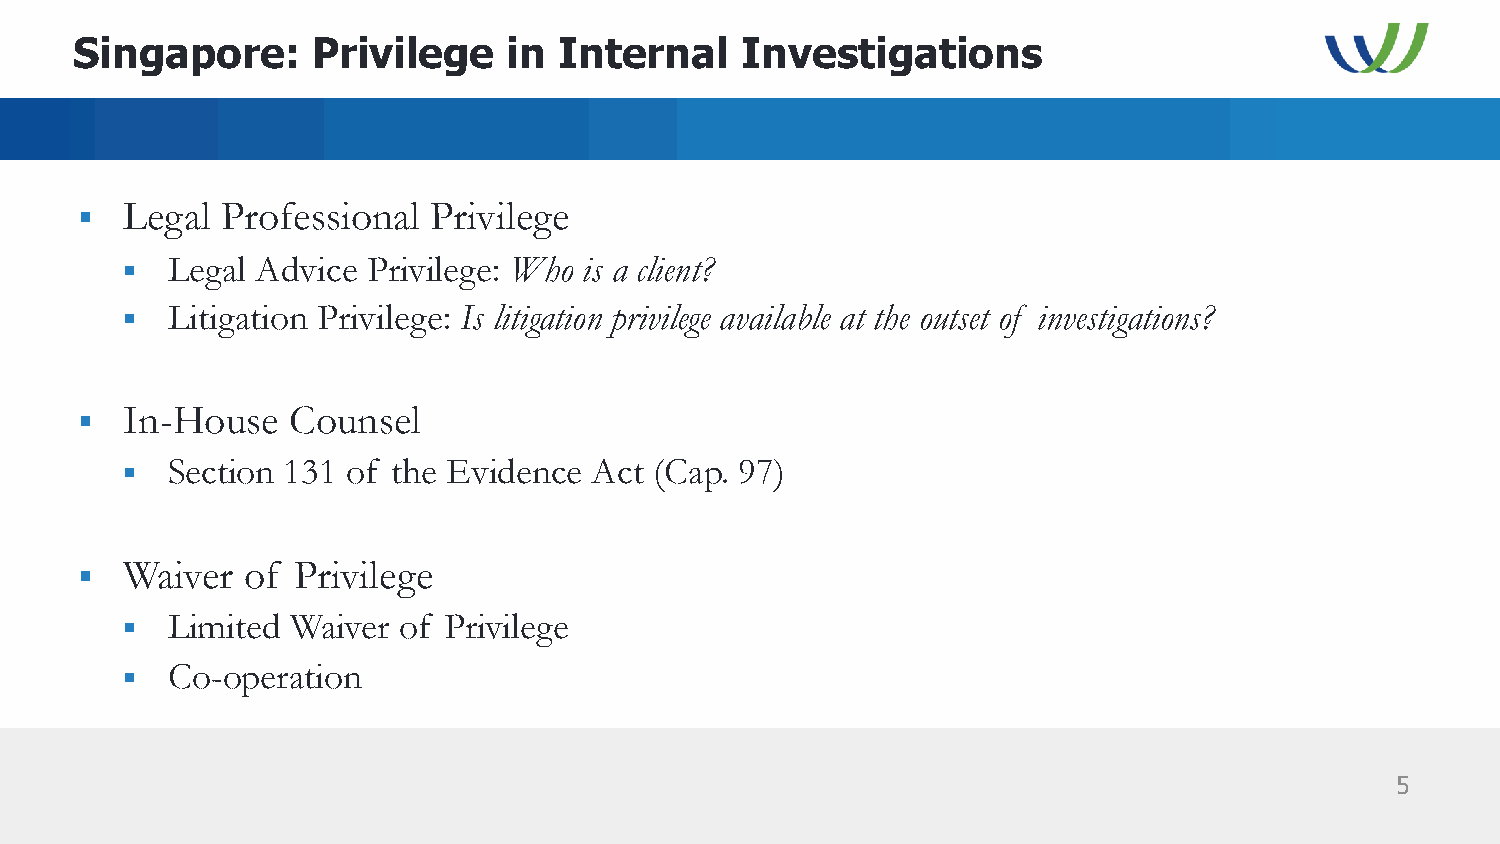
Singapore:      Privilege    in Internal    Investigations
 §  Legal  Professional Privilege
 §  Legal Advice Privilege: Who is a client?
 §  Litigation Privilege: Is litigation privilege available at the outset of investigations?
 §  In-House   Counsel
 §  Section 131 of the Evidence Act (Cap. 97)
 §  Waiver  of Privilege
 §  Limited Waiver of Privilege
 §  Co-operation
 5